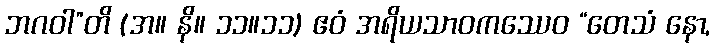
ဘဂဝါ”တိ (အ။ နိ။ ၁၁။၁၁) ဧဝံ အရိယသာဝကဿေဝ “တေသံ နော,